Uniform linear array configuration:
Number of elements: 16
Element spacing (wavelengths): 0.5
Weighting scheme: hann
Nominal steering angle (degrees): -30
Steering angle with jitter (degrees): -28.427
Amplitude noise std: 0.05
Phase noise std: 0.05

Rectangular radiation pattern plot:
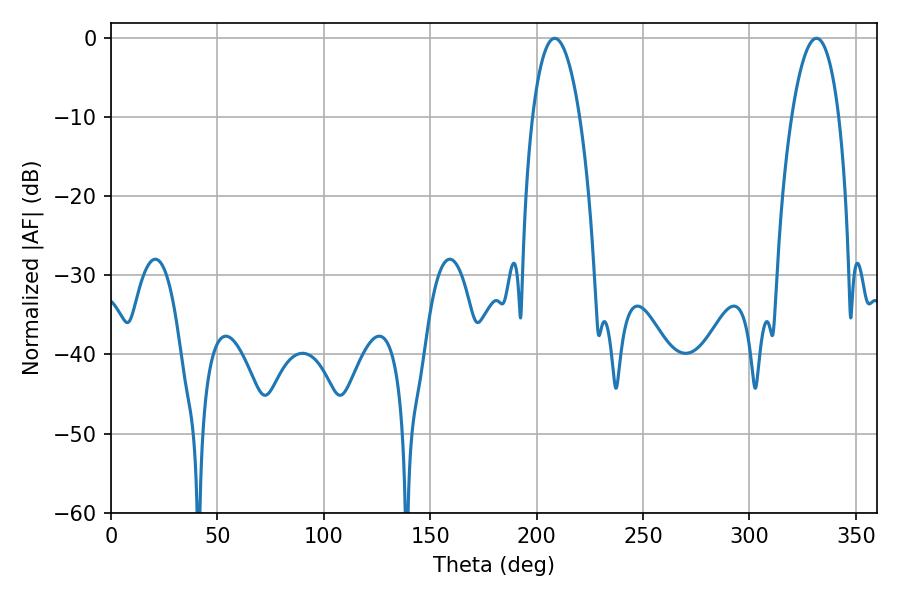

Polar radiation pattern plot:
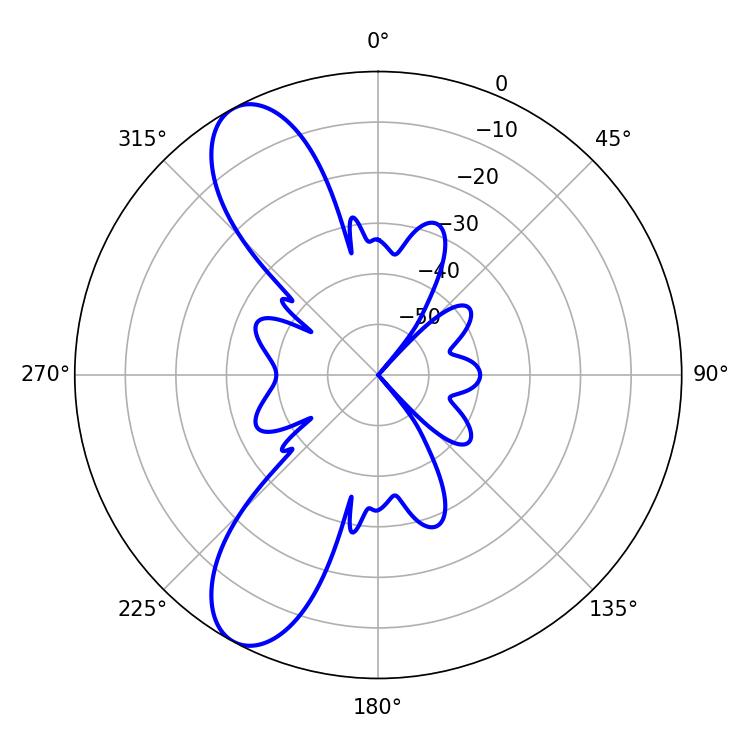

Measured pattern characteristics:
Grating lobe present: FALSE
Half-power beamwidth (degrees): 12.42
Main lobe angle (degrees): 208.44